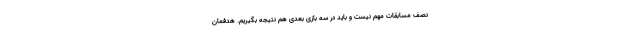
نصف مسابقات مهم نیست و باید در سه بازی بعدی هم نتیجه بگیریم. هدفمان